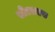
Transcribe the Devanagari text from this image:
सीएलएस